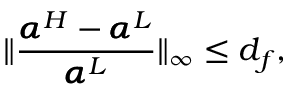
\| \frac { \pmb { \alpha } ^ { H } - \pmb { \alpha } ^ { L } } { \pmb { \alpha } ^ { L } } \| _ { \infty } \le d _ { f } ,